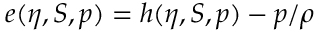
e ( \eta , S , p ) = h ( \eta , S , p ) - p / \rho